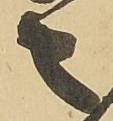
々